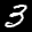
Label: 3